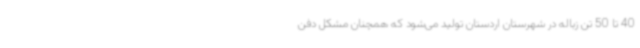
40 تا 50 تن زباله در شهرستان اردستان تولید می‌شود که همچنان مشکل دفن